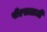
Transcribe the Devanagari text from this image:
पीएसलाजी